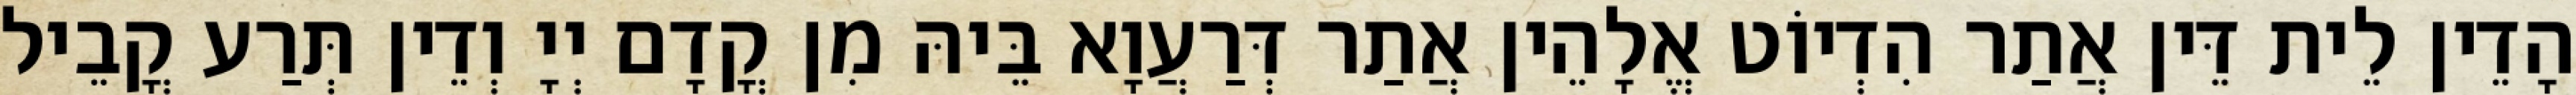
הָדֵין לֵית דֵּין אֲתַר הִדְיוֹט אֱלָהֵין אֲתַר דְּרַעֲוָא בֵּיהּ מִן קֳדָם יְיָ וְדֵין תְּרַע קֳבֵיל